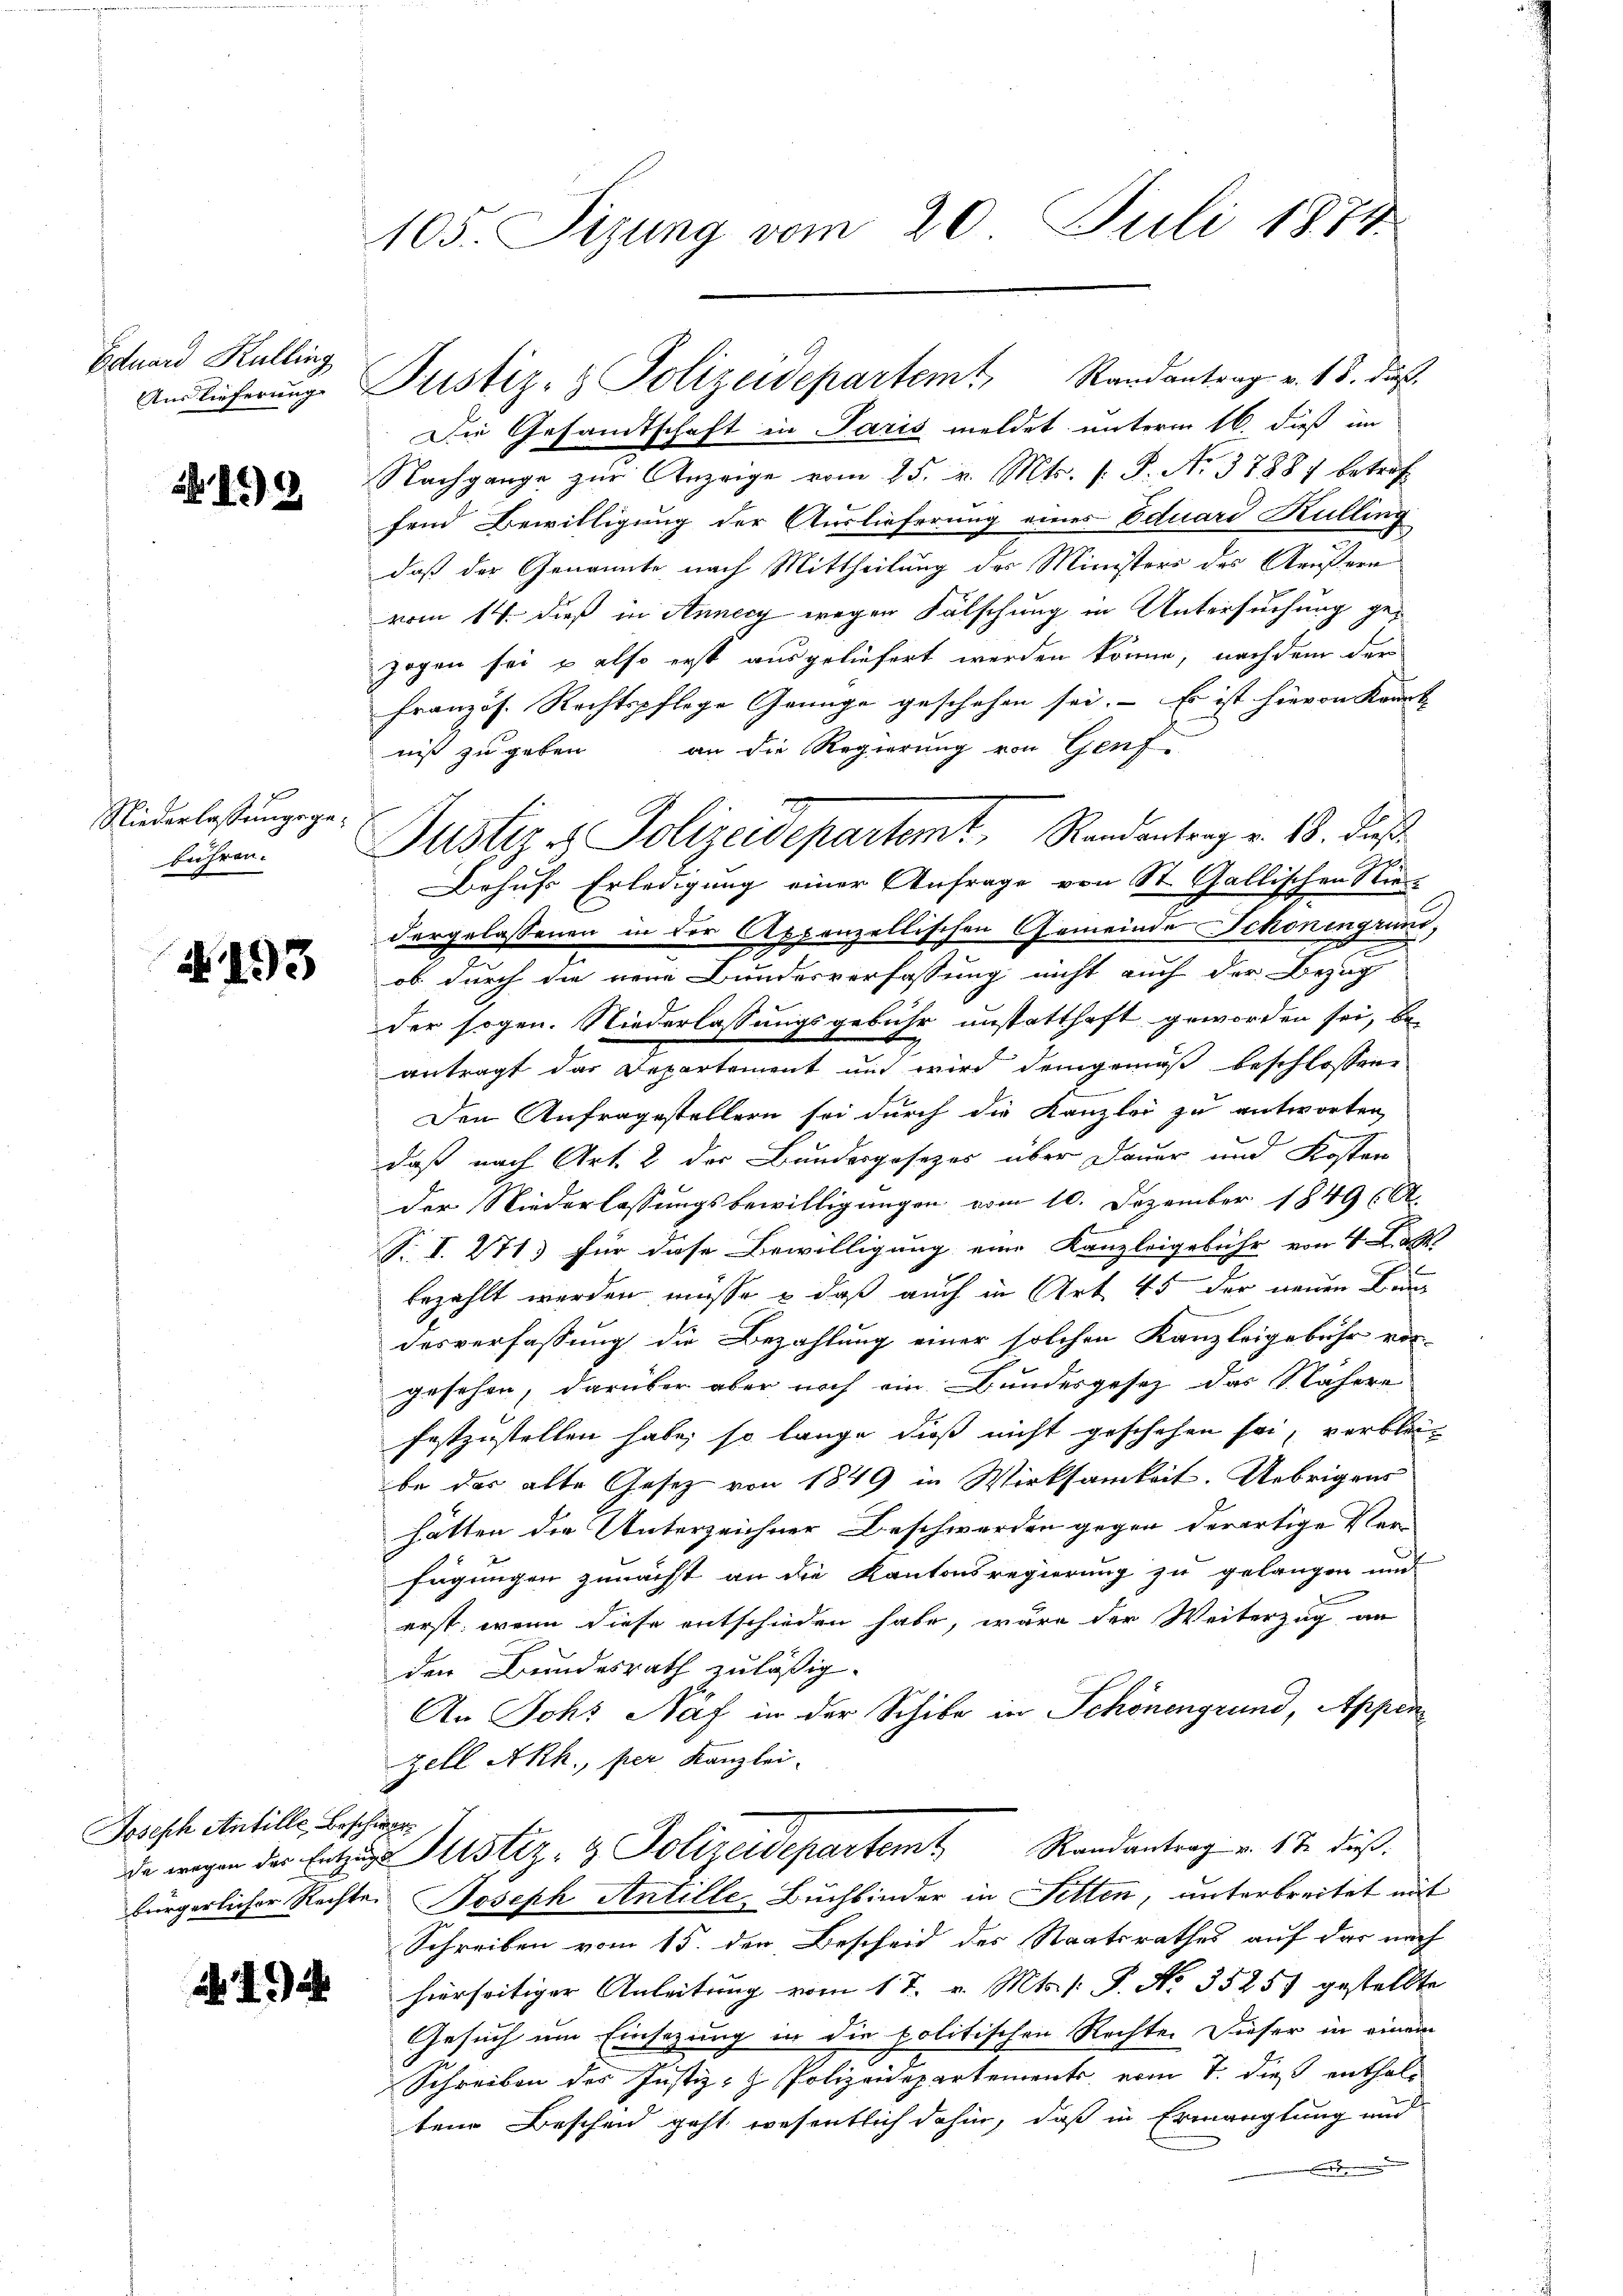
Eduard Kulling

N 19

Niederlassungsgebühren.

193

Joseph Antille Beschwar¬

192

105. Sizung vom 20. Juli 1874.

Die Gesandtschaft in Paris meldet unterm 16 dieß im
Nachgange zŭr Anzeige vom 25. v. Mts. s. S. Nr. 3788 betreff
fend Bewilligung der Auslieferung eines Eduard Kulling
daß der Genannte nach Mittheilung des Ministers des Aeußern
vom 14. dieß in Annecy wegen Fälschung in Untersuchung gezogen sei u also erst ausgeliefert werden könne, nachdem der
Französ. Rechtspflege Genüge geschehen sei. Es ist hievon Kannt
niß zu geben an die Regierung von Genf.
Behufs Erledigung einer Anfrage von St. Gallischen Ric
dergelassenen in der Appenzellischen Gemeinde Schonenging,
ob durch die neue Bundesverfassung nicht auch der Bezug
der sogen. Niederlassungsgebühr unstatthaft geworden sei, be-
antragt das Departement und wird demgemäß beschlossene
Den Anfragestellern sei durch die Kanzlei zu antworten,
daß nach Art. 2 des Bundesgesezes über Dauer und Kosten
der Niederlassungsbewilligungen vom 10. Dezember 1849 601.
S. I. 271 für diese Bewilligung eine Kanzleigebühr von 4 Fact.
bezahlt werden müsse & daß auch in Art 45 der neuen Bun
desverfassung die Bezahlung einer solchen Kanzleigebühr vor-
gesehen, darüber aber noch ein Bundesgesez das Nähere
festzustellen habe, so lange dieß nicht geschehen sei, verbleibe das alte Gesetz von 1849 in Wirksamkeit. Uebrigens
hätten die Unterzeichner Beschwerden gegen derartige Ver-
fügungen zunächst an die Kantonsregierung zu gelangen und
erst, wenn diese entschieden habe, wäre der Weiterzug an
den Bundesrath zuläßig.
An Johs Näf in der Schibe in Schönengrund, Appen
zell Akh, per Kanzlei-
de wegen der Entzuges Justiz- & Polizeidepartem Randantrag v. 17. Fuß.
bürgerlicher Rechte Joseph Antille Buchbinder in Fetten, unterbreitet mit
Schreiben vom 15. den Bescheid des Staatsrathes auf das nach
hierseitiger Anleitung vom 1 t. v. Mts. 1: P. No. 35257 gestellte
Gesuch um Einsezung in die politischen Rechte. Dieser in einem
d
Schreiben des Justiz- & Polizeidepartements vom 7. dieß enthalt
ten Bescheid geht wesentlich dahin, daß in Ermanglung und
5

Auslieferŭng. Justiz- & Polizeidepartem Randantrag v. 18. daβ

Justiz es Polizeidepartemt. Randantrag v. 18. ds.